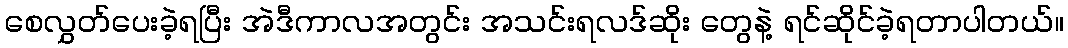
စေလွှတ်ပေးခဲ့ရပြီး အဲဒီကာလအတွင်း အသင်းရလဒ်ဆိုး တွေနဲ့ ရင်ဆိုင်ခဲ့ရတာပါတယ်။